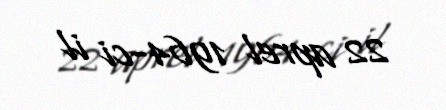
22 aprel 1964-ci il